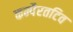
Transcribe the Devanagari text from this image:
कम्पैरतटिव